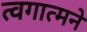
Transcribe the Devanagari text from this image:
त्वगात्मने